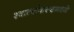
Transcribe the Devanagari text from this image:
श्वार्त्सवाल्डमध्ये